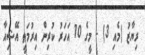
ރިޔާޒު (މެއި 3) - މީގެ 10 އަހަރު ކުރިން އިރުމަތީ އޭޝިއާ